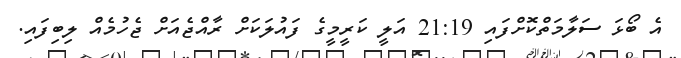
އެ ބޯޅަ ސަލާމަތްކޮށްފައި 21:19 އަލީ ކަރީމީގެ ފައުލަކަށް ރާއްޖެއަށް ޖެހުމެއް ލިބިފައި.